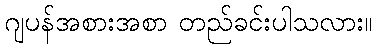
ဂျပန်အစားအစာ တည်ခင်းပါသလား။